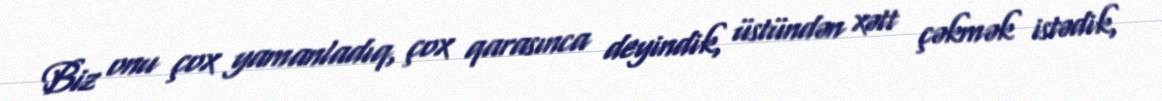
Biz onu çox yamanladıq, çox qarasınca deyindik, üstündən xətt çəkmək istədik,